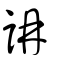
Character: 𧦦